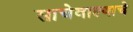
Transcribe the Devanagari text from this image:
साचेवाल्याचे